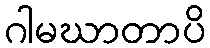
ဂါမဃာတာပိ